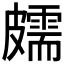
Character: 𥀭